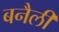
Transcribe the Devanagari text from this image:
बनैली